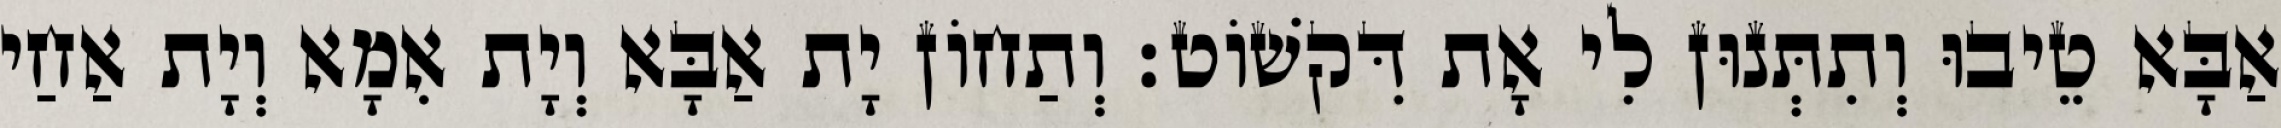
אַבָּא טֵיבוּ וְתִתְּנוּן לִי אָת דִּקשׁוֹט׃ וְתַחוֹן יָת אַבָּא וְיָת אִמָא וְיָת אַחַי